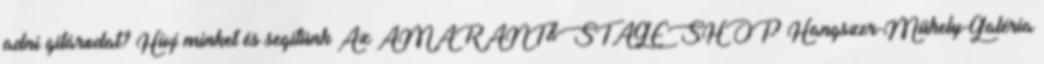
adni gitárodat? Hívj minket és segítünk Az AMARANT&STAGESHOP Hangszer-Műhely-Galéria